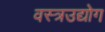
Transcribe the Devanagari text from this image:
वस्त्रउद्योग